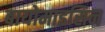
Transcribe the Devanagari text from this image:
बायोमाइसिन